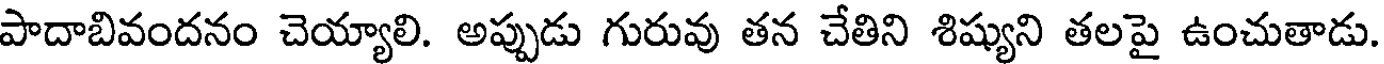
పాదాబివందనం చెయ్యాలి. అప్పుడు గురువు తన చేతిని శిష్యుని తలపై ఉంచుతాడు.